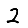
Digit: 2